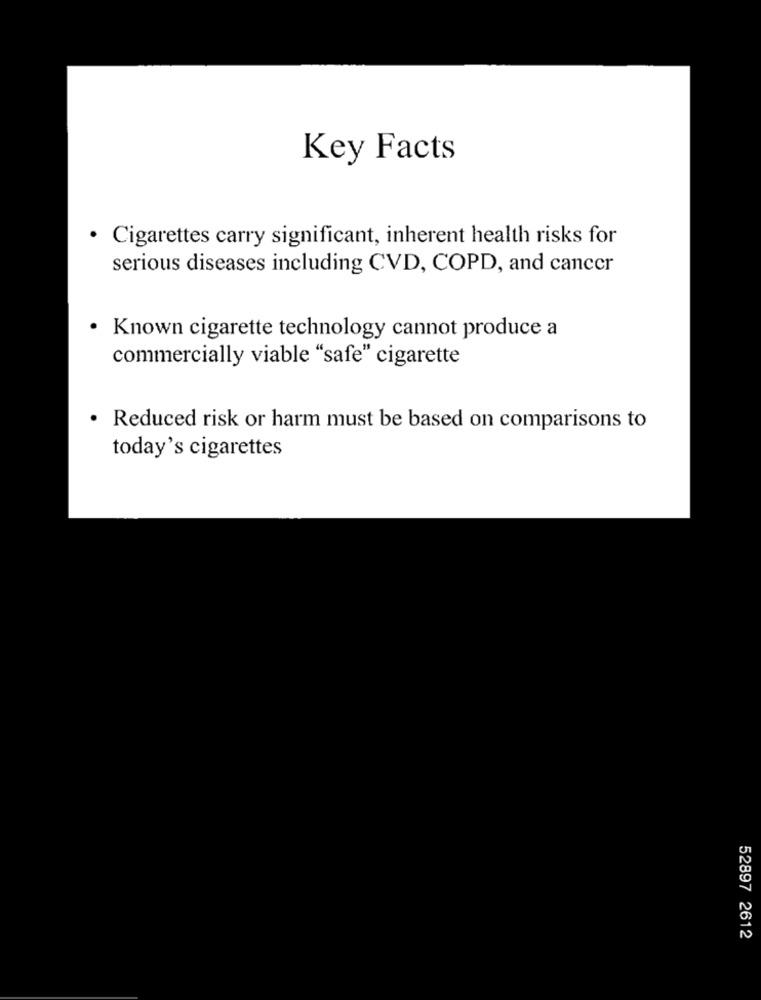
Key Facts
· Cigarettes carry significant, inherent health risks for
serious diseases including CVD, COPD, and cancer
· Known cigarette technology cannot produce a
commercially viable "safe" cigarette
· Reduced risk or harm must be based on comparisons to
today's cigarettes
52897 2612